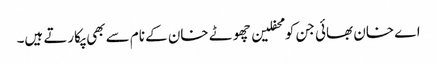
اے خان بھائی جن کو محفلین چھوٹے خان کے نام سے بھی پکارتے ہیں۔